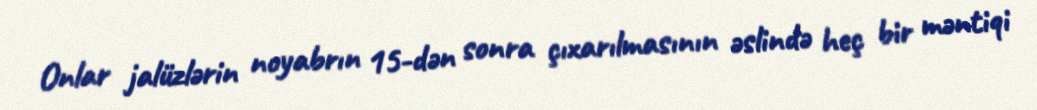
Onlar jalüzlərin noyabrın 15-dən sonra çıxarılmasının əslində heç bir məntiqi